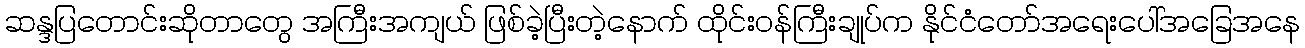
ဆန္ဒပြတောင်းဆိုတာတွေ အကြီးအကျယ် ဖြစ်ခဲ့ပြီးတဲ့နောက် ထိုင်းဝန်ကြီးချုပ်က နိုင်ငံတော်အရေးပေါ်အခြေအနေ